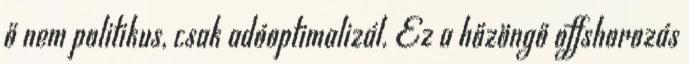
ő nem politikus, csak adóoptimalizál. Ez a hőzöngő offshorozás